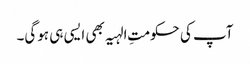
آپ کی حکومتِ الہیہ بھی ایسی ہی ہوگی۔